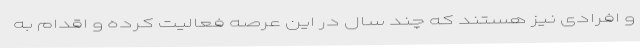
و افرادی نیز هستند که چند سال در این عرصه فعالیت کرده و اقدام به